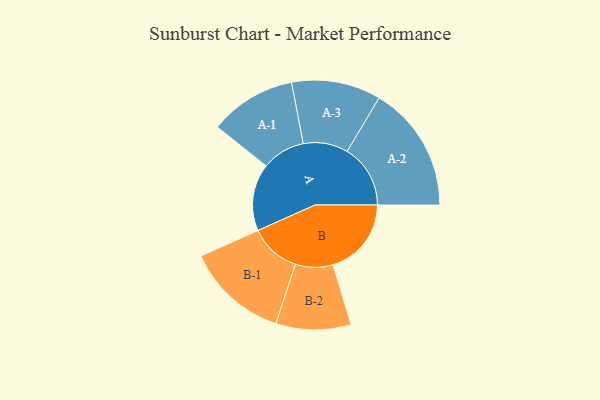
{"axis": {"x": "Segment", "y": "Value"}, "legend": ["", "A", "B"], "data": [{"x": "A", "y": 263, "type": ""}, {"x": "B", "y": 307, "type": ""}, {"x": "A-1", "y": 170, "type": "A"}, {"x": "A-2", "y": 248, "type": "A"}, {"x": "A-3", "y": 175, "type": "A"}, {"x": "B-1", "y": 200, "type": "B"}, {"x": "B-2", "y": 147, "type": "B"}]}